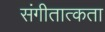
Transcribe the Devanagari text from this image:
संगीतात्कता